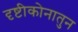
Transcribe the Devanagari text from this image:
दृष्टीकोनातुन